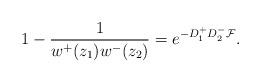
LaTeX: \begin{align*}1 - \frac 1 {w^+ (z_1) w^- (z_2)}= e^{-D^+_1 D^-_2 {\cal F}}.\end{align*}